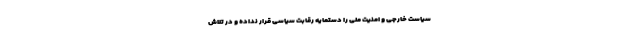
سیاست خارجی و امنیت ملی را دستمایه رقابت سیاسی قرار نداده و در تلاش